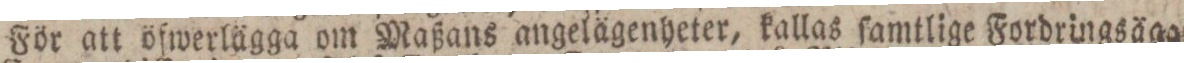
För att öfwerlägga om Maßans angelägenheter, kallas ſamtlige Fordringsägare